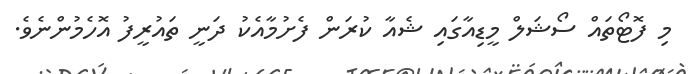
މި ފޮޓޯތައް ސޯޝަލް މީޑިއާގައި ޝެއާ ކުރަން ފެށުމާއެކު ދަނީ ތައުރީފު އޮހެމުންނެވެ.